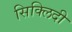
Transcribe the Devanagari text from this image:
सिक्लिदी